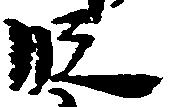
段